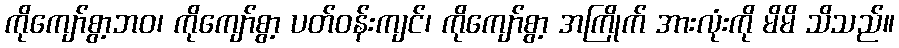
ကိုကျော်စွာ့ဘဝ၊ ကိုကျော်စွာ့ ပတ်ဝန်းကျင်၊ ကိုကျော်စွာ့ အကြိုက် အားလုံးကို မိမိ သိသည်။